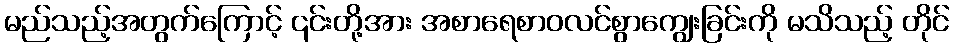
မည်သည့်အတွက်ကြောင့် ၎င်းတို့အား အစာရေစာဝလင်စွာကျွေးခြင်းကို မသိသည့် တိုင်